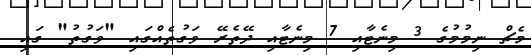
މެޗް ނިމުމުގެ 3 މިނެޓާއި 7 މިނެޓާއި ދޭތެރޭ ވަގުތެއްގައި "ވަގުތު" ގައި